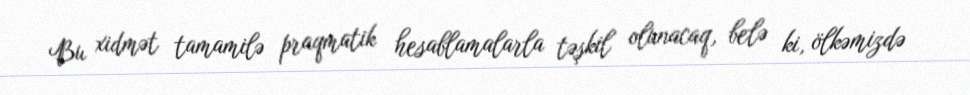
Bu xidmət tamamilə praqmatik hesablamalarla təşkil olunacaq, belə ki, ölkəmizdə